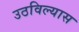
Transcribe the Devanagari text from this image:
उठविल्यास